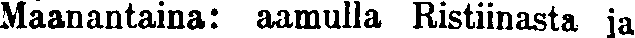
Maanantaina: aamulla Ristiinasta ja